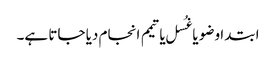
ابتدا وضو یا غُسل یا تیمم انجام دیا جاتا ہے۔